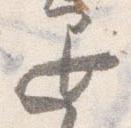
退